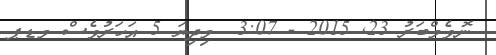
ނޮވެމްބަރު 23